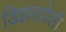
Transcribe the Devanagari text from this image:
डिझरायेली